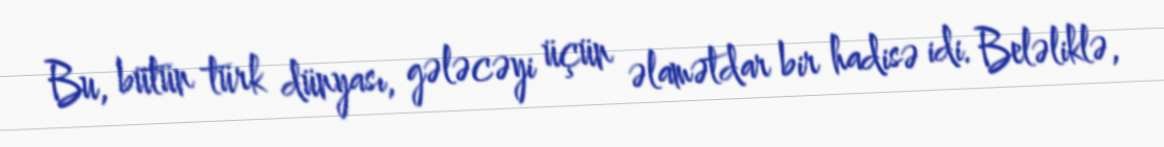
Bu, bütün türk dünyası, gələcəyi üçün əlamətdar bir hadisə idi. Beləliklə,